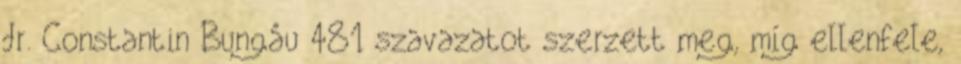
dr. Constantin Bungău 481 szavazatot szerzett meg, míg ellenfele,